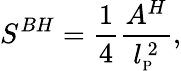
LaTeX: {S}^{BH}={\frac{1}{4}}{\frac{A^{H}}{l_{\mathrm{\scriptsize{P}}}^{~2}}},